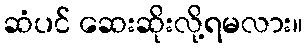
ဆံပင် ဆေးဆိုးလို့ရမလား။